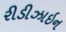
રીડીઝાઇન